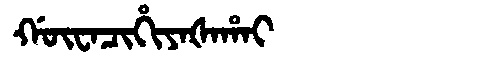
Manchu: ᡤᡡᠸᠠᠴᡳᡥᡳᠶᠠᡧᠠᡥᠠᡳ
Romanization: GŪWACIHIYAŠAHAI